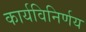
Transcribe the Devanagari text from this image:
कार्यविनिर्णय